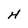
Character: H